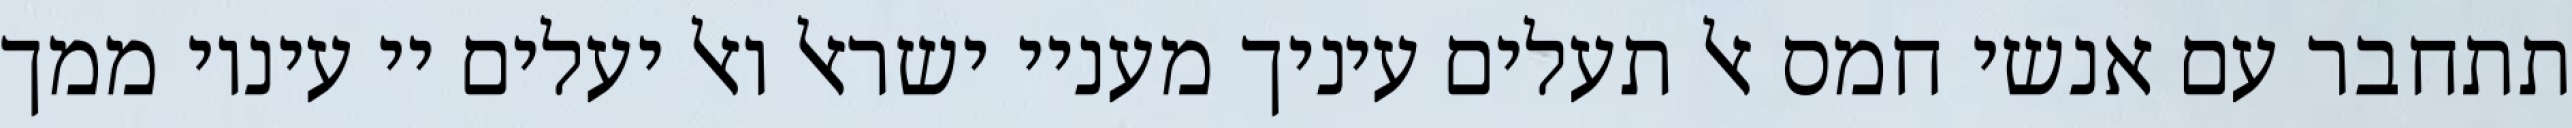
תתחבר עם אנשי חמס אל תעלים עיניך מעניי ישראל ואל יעלים יי עיניו ממך